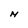
Character: M